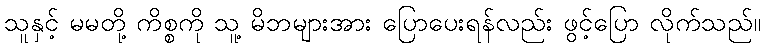
သူနှင့် မမတို့ ကိစ္စကို သူ့ မိဘများအား ပြောပေးရန်လည်း ဖွင့်ပြော လိုက်သည်။